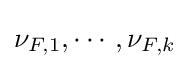
\nu _{F,1},\cdots ,\nu _{F,k}